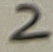
Text: 2